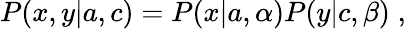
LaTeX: P(x,y|{a},{c})=P(x|{a},\alpha)P(y|{c},\beta)\; ,